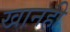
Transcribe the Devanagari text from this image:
खानही